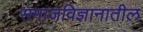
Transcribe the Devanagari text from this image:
समाजविज्ञानातील